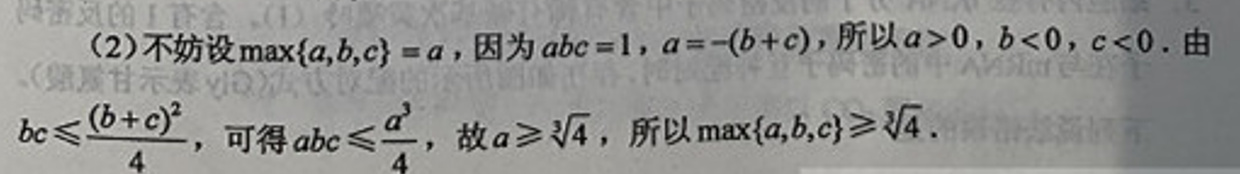
\((2)\)不妨设\(\max\{a,b,c\}=a\)，因为\(abc = 1\)，\(a=-(b + c)\)，所以\(a>0\)，\(b<0\)，\(c<0\)。由\(bc\leqslant\frac{(b + c)^2}{4}\)，可得\(abc\leqslant\frac{a^3}{4}\)，故\(a\geqslant\sqrt[3]{4}\)，所以\(\max\{a,b,c\}\geqslant\sqrt[3]{4}\)。